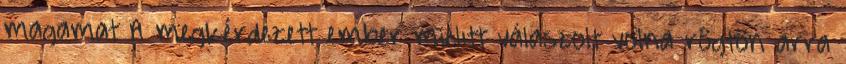
magamat A megkérdezett ember mielıtt válaszolt volna rögtön arra